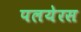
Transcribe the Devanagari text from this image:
पलयेरस